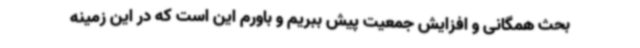
بحث همگانی و افزایش جمعیت پیش ببریم و باورم این است که در این زمینه